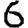
Digit: 6